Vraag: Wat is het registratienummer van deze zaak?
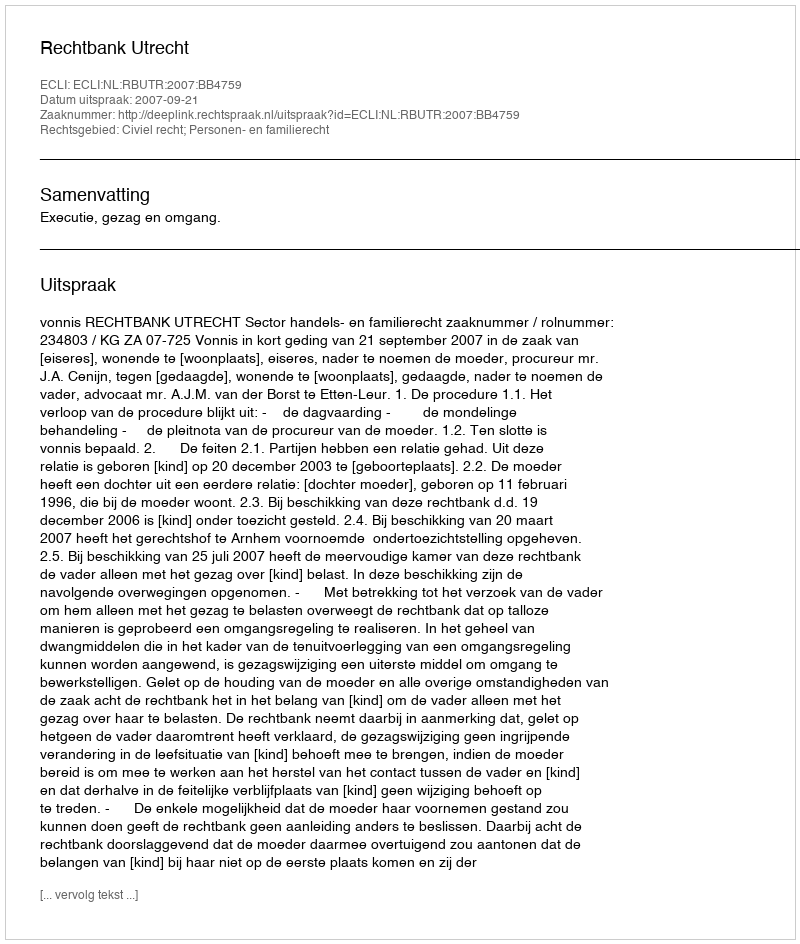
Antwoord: http://deeplink.rechtspraak.nl/uitspraak?id=ECLI:NL:RBUTR:2007:BB4759